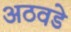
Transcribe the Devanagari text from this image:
अठवडे